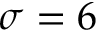
\sigma = 6